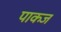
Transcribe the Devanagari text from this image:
पाकज